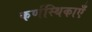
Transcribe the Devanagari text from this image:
कर्णस्थिकाएँ